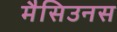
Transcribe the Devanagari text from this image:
मैसिउनस